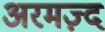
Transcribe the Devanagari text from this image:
अरमज़्द